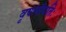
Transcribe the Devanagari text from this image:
वृषलीपतिः